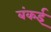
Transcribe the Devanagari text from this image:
बंकई